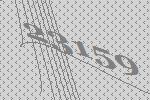
23159